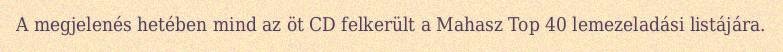
A megjelenés hetében mind az öt CD felkerült a Mahasz Top 40 lemezeladási listájára.